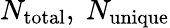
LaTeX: N_{\mathrm{total}},\ N_{\mathrm{unique}}